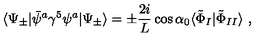
\langle \Psi _ { \pm } | \bar { \psi } ^ { a } \gamma ^ { 5 } \psi ^ { a } | \Psi _ { \pm } \rangle = \pm \frac { 2 i } { L } \cos \alpha _ { 0 } \langle \tilde { \Phi } _ { I } | \tilde { \Phi } _ { I I } \rangle \ ,